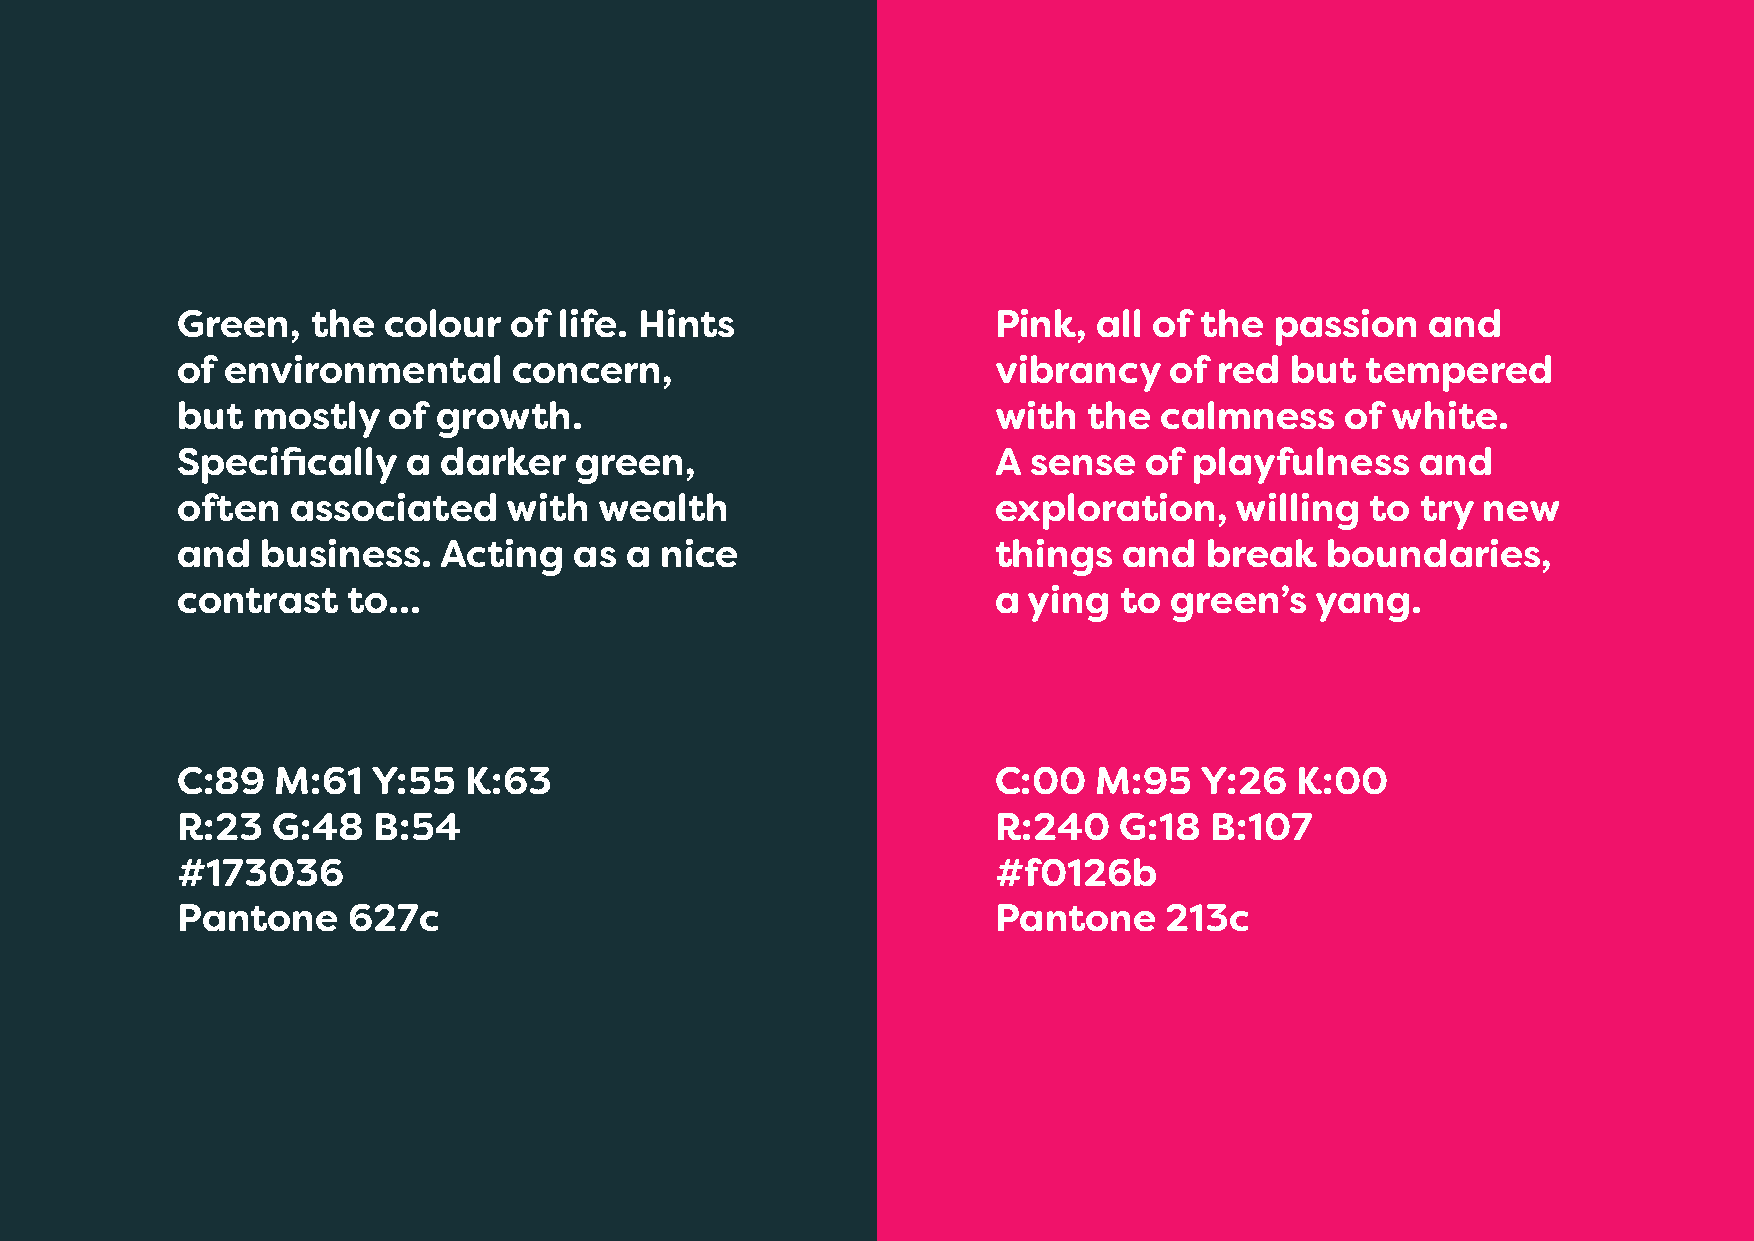
Green,   the colour   of life. Hints                  Pink,  all of the passion    and
 of environmental      concern,                        vibrancy   of  red but  tempered
 but  mostly   of growth.                              with  the  calmness    of white.
 Specifically   a darker   green,                      A sense   of playfulness    and
 often  associated     with  wealth                    exploration,    willing  to try new
 and  business.   Acting   as a  nice                  things  and   break   boundaries,
 contrast   to...                                      a ying  to green’s   yang.
 C:89  M:61   Y:55  K:63                               C:00   M:95  Y:26   K:00
 R:23  G:48   B:54                                     R:240   G:18  B:107
 #173036                                               #f0126b
 Pantone    627c                                       Pantone    213c